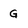
Character: G